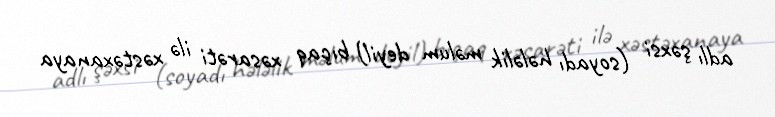
adlı şəxsi (soyadı hələlik məlum deyil) bıçaq xəsarəti ilə xəstəxanaya